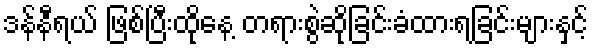
ဒန်နီရယ် ဖြစ်ပြီးထိုနေ့ တရားစွဲဆိုခြင်းခံထားရခြင်းများနှင့်